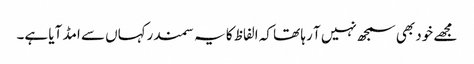
مجھے خود بھی سمجھ نہیں آ رہا تھا کہ الفاظ کا یہ سمندرکہاں سے امڈ آیا ہے۔